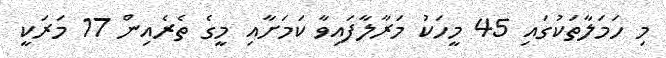
މި ހަމަލާތަކުގައި 45 މީހަކު މަރާލާފައިވާ ކަމަށާއި މީގެ ތެރެއިން 17 މަރަކީ